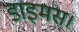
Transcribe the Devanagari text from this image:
डाइमस।